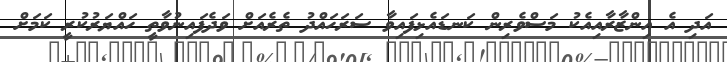
އަދި އެ އިންޒާރާއިއެކު މަސްވެރިން ކަނޑައެޅިފައިވާ ސަރަހައްދު ތެރެއަށް ވަދެފައިނުވާތީ ހައްޔަރުކުރީ ކަމަށް